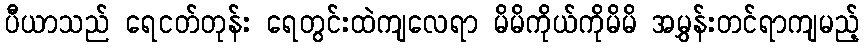
ပီယာသည် ရေငတ်တုန်း ရေတွင်းထဲကျလေရာ မိမိကိုယ်ကိုမိမိ အမွှန်းတင်ရာကျမည့်